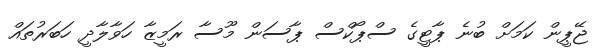
ޖޭޕީން ކަމަށް ބުނެ ޕާޓީގެ ސްޕޯކްސް ޕާސަން މޫސާ ރަމީޒާ ހަވާލާދީ ހަބަރުތައް